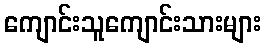
ကျောင်းသူကျောင်းသားများ